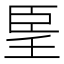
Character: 𦣠